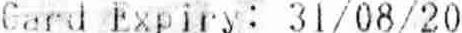
CARD EXPIRY: 31/08/20